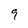
Character: 9